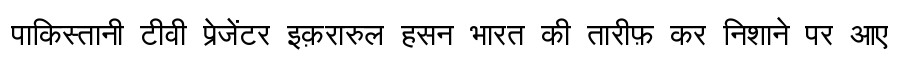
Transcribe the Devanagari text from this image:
पाकिस्तानी टीवी प्रेजेंटर इक़रारुल हसन भारत की तारीफ़ कर निशाने पर आए